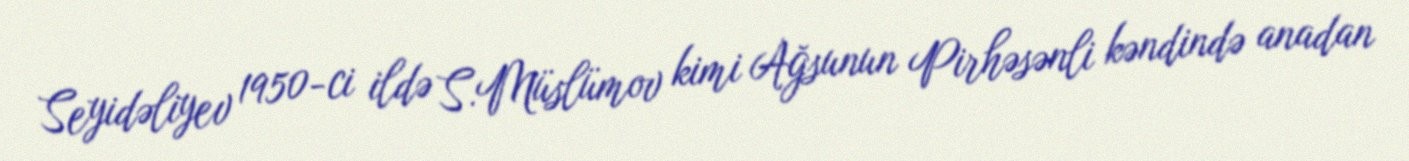
Seyidəliyev 1950-ci ildə S.Müslümov kimi Ağsunun Pirhəsənli kəndində anadan